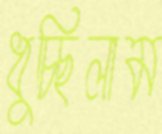
ধুচ্ছিলাম